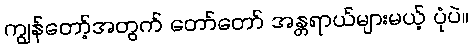
ကျွန်တော့်အတွက် တော်တော် အန္တရာယ်များမယ့် ပုံပဲ။